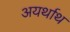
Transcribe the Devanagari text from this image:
अयर्थाथ